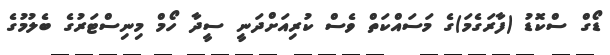
ޑޯގް ސްކޮޑު (ފާރަގެމަ)ގެ މަސައްކަތް ވެސް ކުރިއަށްދަނީ ސީދާ ހޯމް މިނިސްޓަރުގެ ބެލުމުގެ